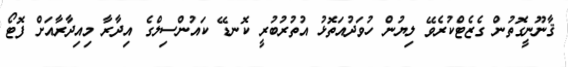
ޤާނޫނީގޮތުން ގެޒެޓްކުރެވޭ ލިޔުން ހުވަދުއަތޮޅު އުތުރުބުރީ ކޮނޑޭ ކައުންސިލްގެ އިދާރާ މިއިދާރާއަށް ފޮޓޯ